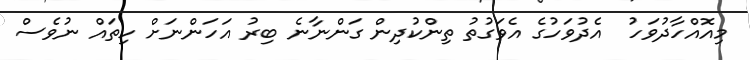
މިއޮއްހާދުވަހު  އެދުވަހުގެ އެވަގުތު ތިންކުދިން ގަންނާނެ ބިރު އަހަންނަށް ހިތައް ނުވެސް